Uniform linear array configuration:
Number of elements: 12
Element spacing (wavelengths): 0.75
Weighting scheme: exponential
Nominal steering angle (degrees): -30
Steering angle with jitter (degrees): -29.953
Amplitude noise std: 0.05
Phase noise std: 0.05

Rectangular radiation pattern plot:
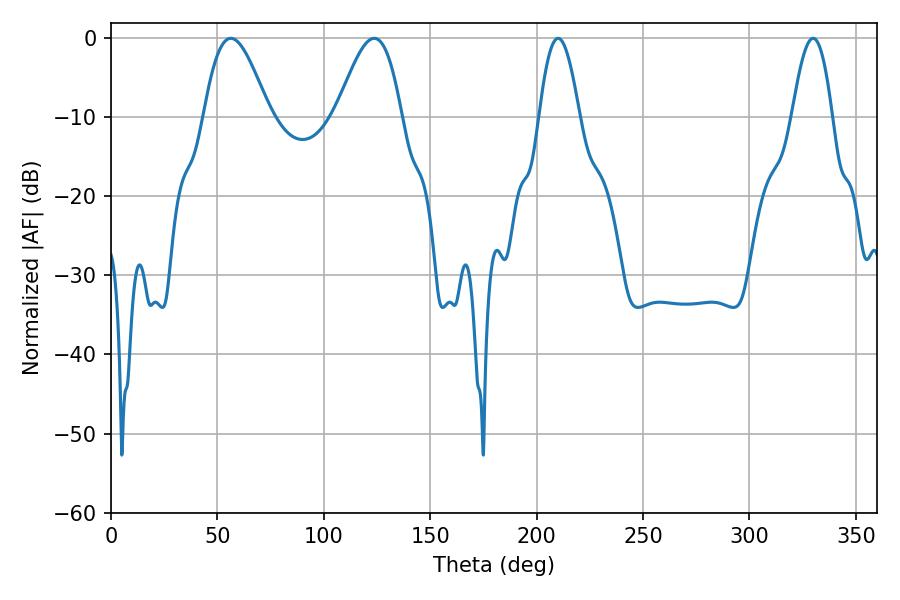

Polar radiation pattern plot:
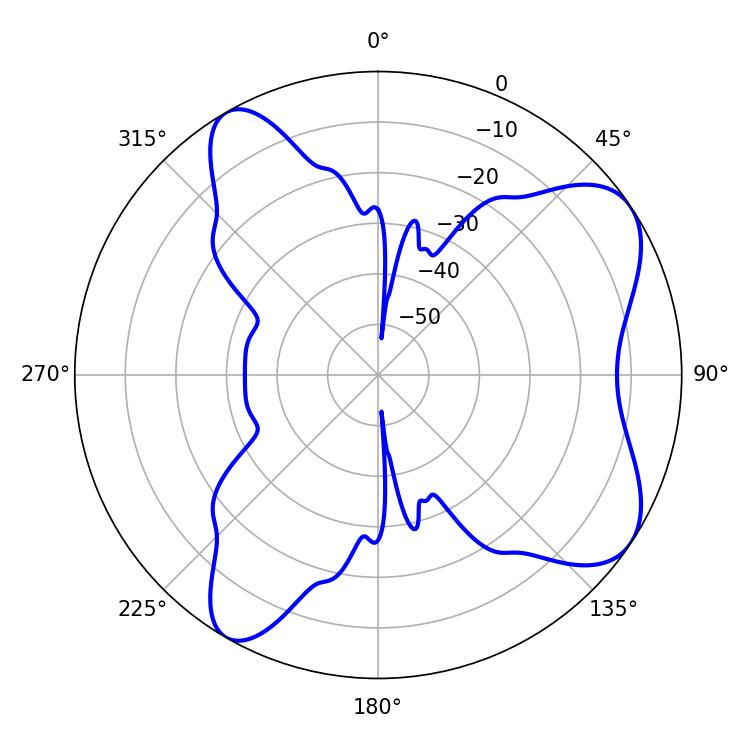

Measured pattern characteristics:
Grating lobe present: TRUE
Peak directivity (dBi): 7.465
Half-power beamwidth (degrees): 16.38
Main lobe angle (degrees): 56.34